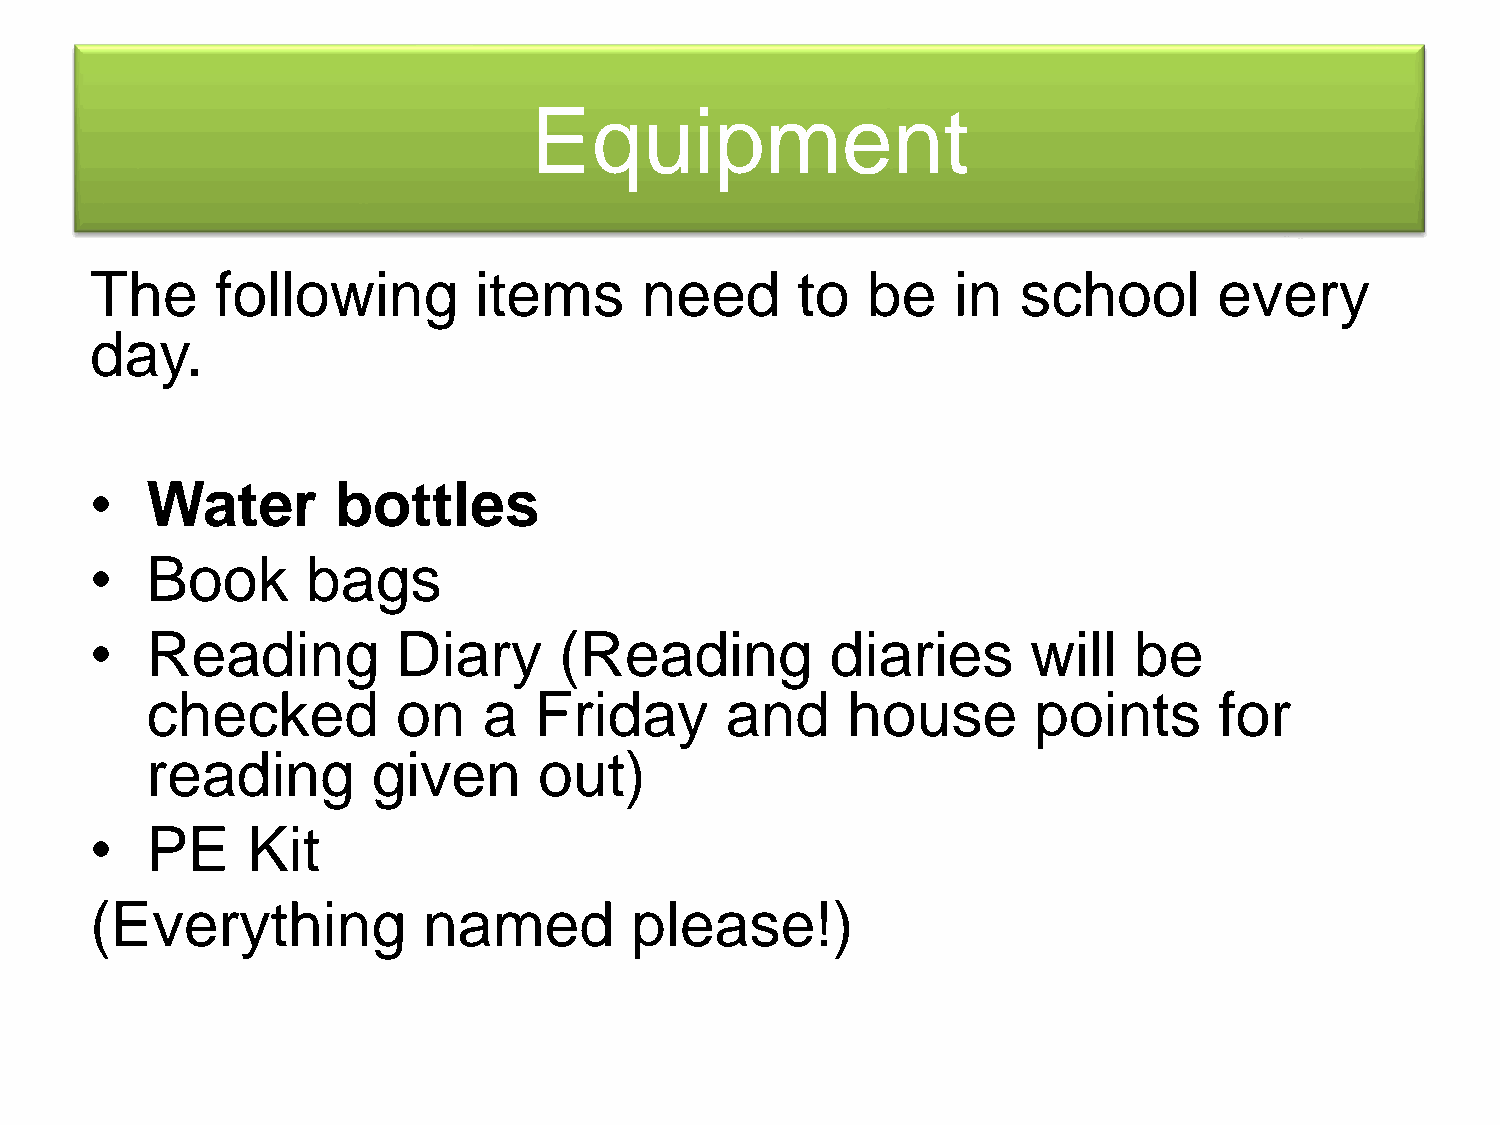
Equipment
 The     following        items      need       to  be    in   school       every
 day.
 •   Water       bottles
 •   Book      bags
 •   Reading         Diary      (Reading          diaries      will   be
 checked         on    a  Friday       and     house       points       for
 reading        given      out)
 •   PE    Kit
 (Everything           named         please!)